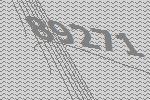
89271